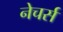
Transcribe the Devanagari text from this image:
नेचर्स